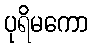
ပုရိမကော